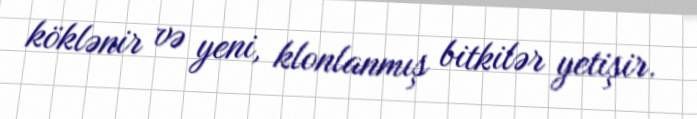
köklənir və yeni, klonlanmış bitkilər yetişir.